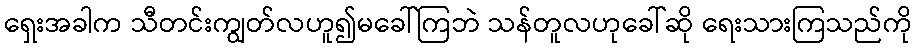
ရှေးအခါက သီတင်းကျွတ်လဟူ၍မခေါ်ကြဘဲ သန်တူလဟုခေါ်ဆို ရေးသားကြသည်ကို